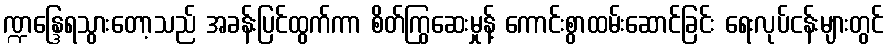
ဏ္ဍန္ဒြေရသွားတော့သည် အခန်းပြင်ထွက်ကာ စိတ်ကြွဆေးမှုန့် ကောင်းစွာထမ်းဆောင်ခြင်း ရေးလုပ်ငန်းများတွင်